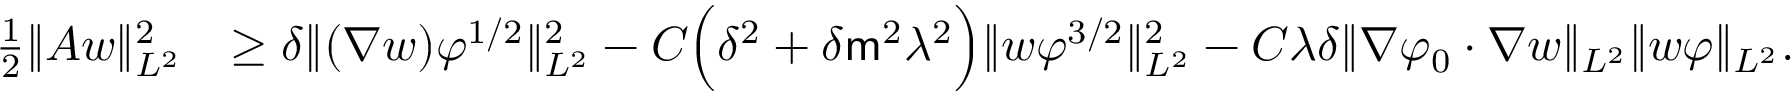
\begin{array} { r l } { \frac { 1 } { 2 } \| A w \| _ { L ^ { 2 } } ^ { 2 } } & { \geq \delta \| ( \nabla w ) \varphi ^ { 1 / 2 } \| _ { L ^ { 2 } } ^ { 2 } - C \Big ( \delta ^ { 2 } + \delta \mathsf { m } ^ { 2 } \lambda ^ { 2 } \Big ) \| w \varphi ^ { 3 / 2 } \| _ { L ^ { 2 } } ^ { 2 } - C \lambda \delta \| \nabla \varphi _ { 0 } \cdot \nabla w \| _ { L ^ { 2 } } \| w \varphi \| _ { L ^ { 2 } } . } \end{array}